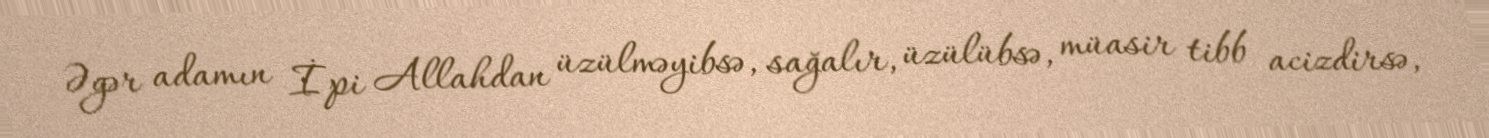
Əgər adamın İpi Allahdan üzülməyibsə, sağalır, üzülübsə, müasir tibb acizdirsə,